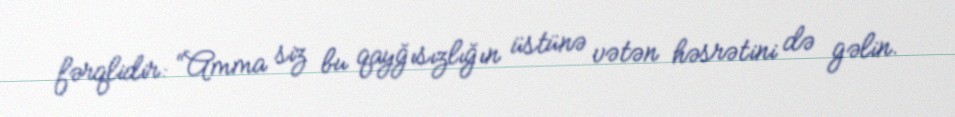
fərqlidir: “Amma siz bu qayğısızlığın üstünə vətən həsrətini də gəlin.